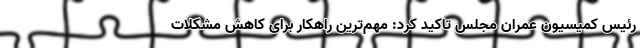
رئیس کمیسیون عمران مجلس تاکید کرد:‌ مهم‌ترین راهکار برای کاهش مشکلات